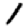
Digit: 1